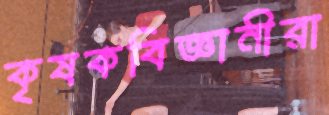
কৃষকবিজ্ঞানীরা